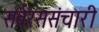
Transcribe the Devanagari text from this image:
सर्वरससंचारी